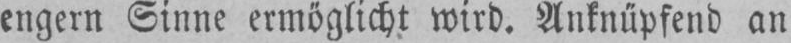
engern Sinne ermöglicht wird. Anknüpfend an